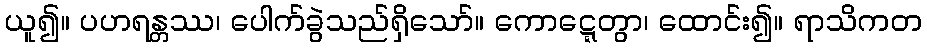
ယူ၍။ ပဟရန္တဿ၊ ပေါက်ခွဲသည်ရှိသော်။ ကောဋ္ဋေတွာ၊ ထောင်း၍။ ရာသိကတ